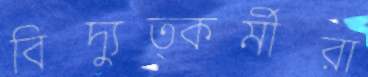
বিদ্যুত্কর্মীরা